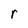
Character: r